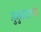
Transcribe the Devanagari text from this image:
मुजुमदारच्या